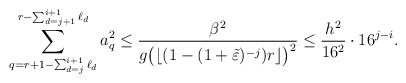
\begin{align*}\sum_{q=r+1-\sum_{d=j}^{i+1}\ell_{d}}^{r-\sum_{d=j+1}^{i+1}\ell_{d}}a_q^2\leq\frac{\beta^2}{g\big(\lfloor(1-(1+\tilde\varepsilon)^{-j})r\rfloor\big)^2}\leq \frac{h^2}{16^2}\cdot 16^{j-i}.\end{align*}